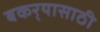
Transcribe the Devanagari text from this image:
बकर्‍यासाठी